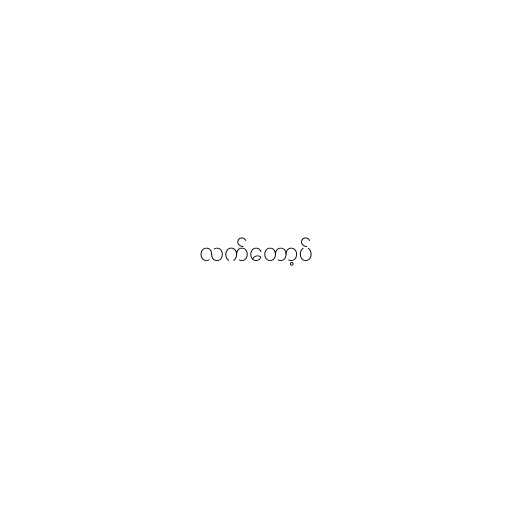
လက်တော့ပ်